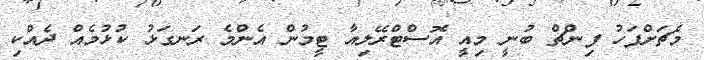
މެޗަަށްފަހު ފިންޗް ބުނީ މިއީ އޮސްޓްރޭލިއާ ޓީމުން އެންމެ ރަނގަޅު ކުޅުމެއް ދެއްކި